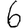
Digit: 6